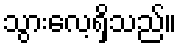
သွားလေ့ရှိသည်။